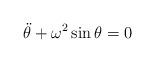
LaTeX: \begin{align*} \ddot{\theta} + \omega^2 \sin \theta = 0\end{align*}